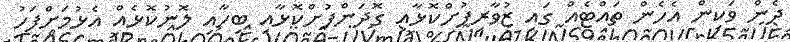
ދެން ވަކިން އެހެން ތައްޓެއް ގައި ޒުވާރިފުށްކޮޅާއި ގޮދަންފުށްކޮޅާއި ބިހާއި ލޮނުކޮޅެއް އެޅުމަށްފަހު